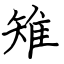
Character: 雉